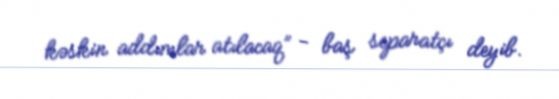
kəskin addımlar atılacaq” - baş separatçı deyib.